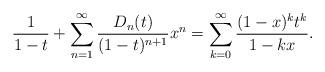
LaTeX: \begin{align*}\frac{1}{1-t}+\sum_{n=1}^{\infty}\frac{D_{n}(t)}{(1-t)^{n+1}}x^{n} & =\sum_{k=0}^{\infty}\frac{(1-x)^{k}t^{k}}{1-kx}.\end{align*}